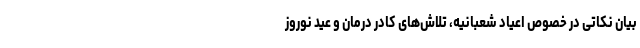
بیان نکاتی در خصوص اعیاد شعبانیه، تلاش‌های کادر درمان و عید نوروز